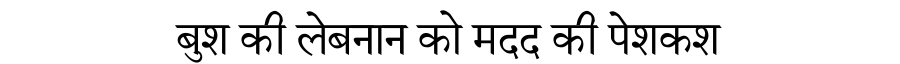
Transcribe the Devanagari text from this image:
बुश की लेबनान को मदद की पेशकश